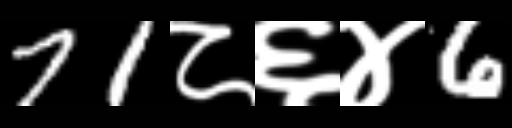
Text: 71८६४6